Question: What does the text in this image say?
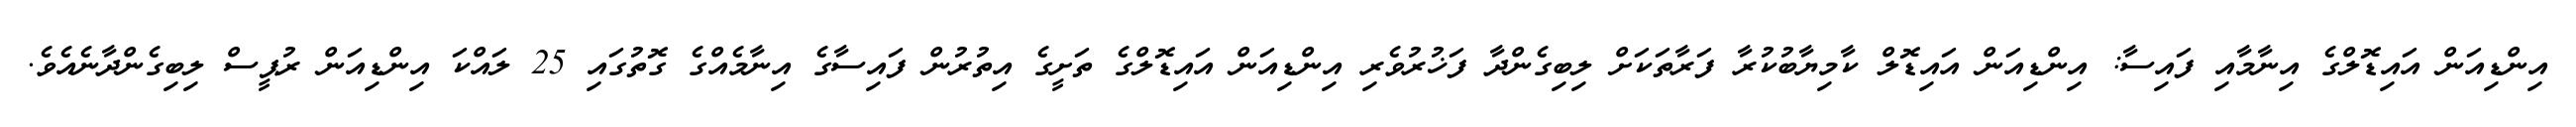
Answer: އިންޑިއަން އައިޑޮލްގެ އިނާމާއި ފައިސާ: އިންޑިއަން އައިޑޮލް ކާމިޔާބުކުރާ ފަރާތަކަށް ލިބިގެންދާ ފަޚުރުވެރި އިންޑިއަން އައިޑޮލްގެ ތަށީގެ އިތުރުން ފައިސާގެ އިނާމެއްގެ ގޮތުގައި 25 ލައްކަ އިންޑިއަން ރުޕީސް ލިބިގެންދާނެއެވެ.